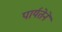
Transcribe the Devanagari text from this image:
पार्यतेने